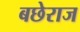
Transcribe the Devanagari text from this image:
बछेराज